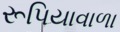
રૂપિયાવાળા